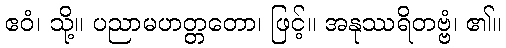
ဧဝံ၊ သို့။ ပညာမဟတ္တတော၊ ဖြင့်။ အနုဿရိတဗ္ဗံ၊ ၏။